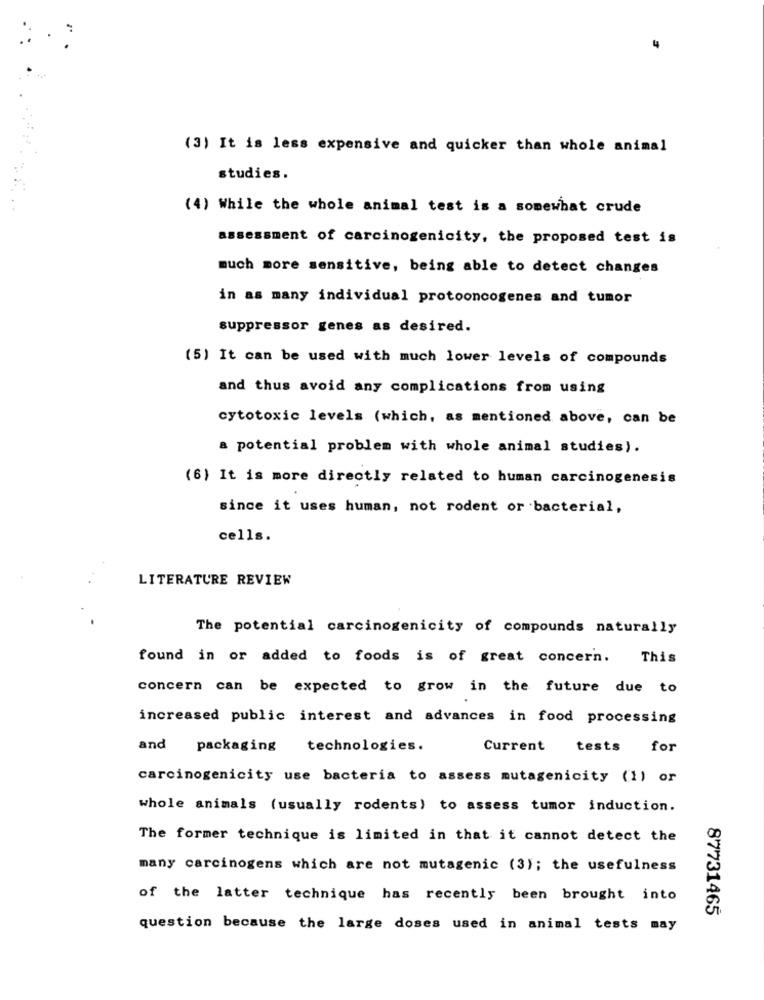
(3) It is less expensive and quicker than whole animal
studies.
(4) While the whole animal test is a somewhat crude
assessment of carcinogenicity, the proposed test is
much more sensitive, being able to detect changes
in as many individual protooncogenes and tumor
suppressor genes as desired.
(5) It can be used with much lower levels of compounds
and thus avoid any complications from using
cytotoxic levels (which, as mentioned above, can be
a potential problem with whole animal studies).
(6) It is more directly related to human carcinogenesis
since it uses human, not rodent or bacterial,
cells.
LITERATURE REVIEW
The potential carcinogenicity of compounds naturally
found in or added to foods is of great concern. This
concern can be expected to grow in the future due to
increased public interest and advances in food processing
and
packaging technologies.
Current tests for
carcinogenicity use bacteria to assess mutagenicity (1) or
whole animals (usually rodents) to assess tumor induction.
The former technique is limited in that it cannot detect the
many carcinogens which are not mutagenic (3); the usefulness
of the latter technique has recently been brought into
87731465
question because the large doses used in animal tests may